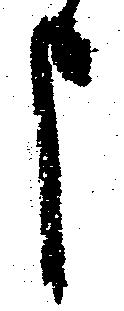
申